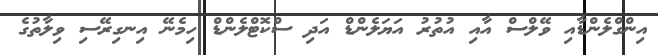
އިންގްލެންޑާއި ވޭލްސް އާއި އުތުރު އަޔަލެންޑް އަދި ސްކޮޓްލެންޑް ހިމެނޭ އިނގިރޭސި ވިލާތުގެ